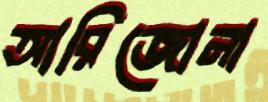
আরিজোনা